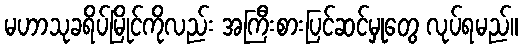
မဟာသုခရိပ်မြိုင်ကိုလည်း အကြီးစားပြင်ဆင်မှုတွေ လုပ်ရမည်။